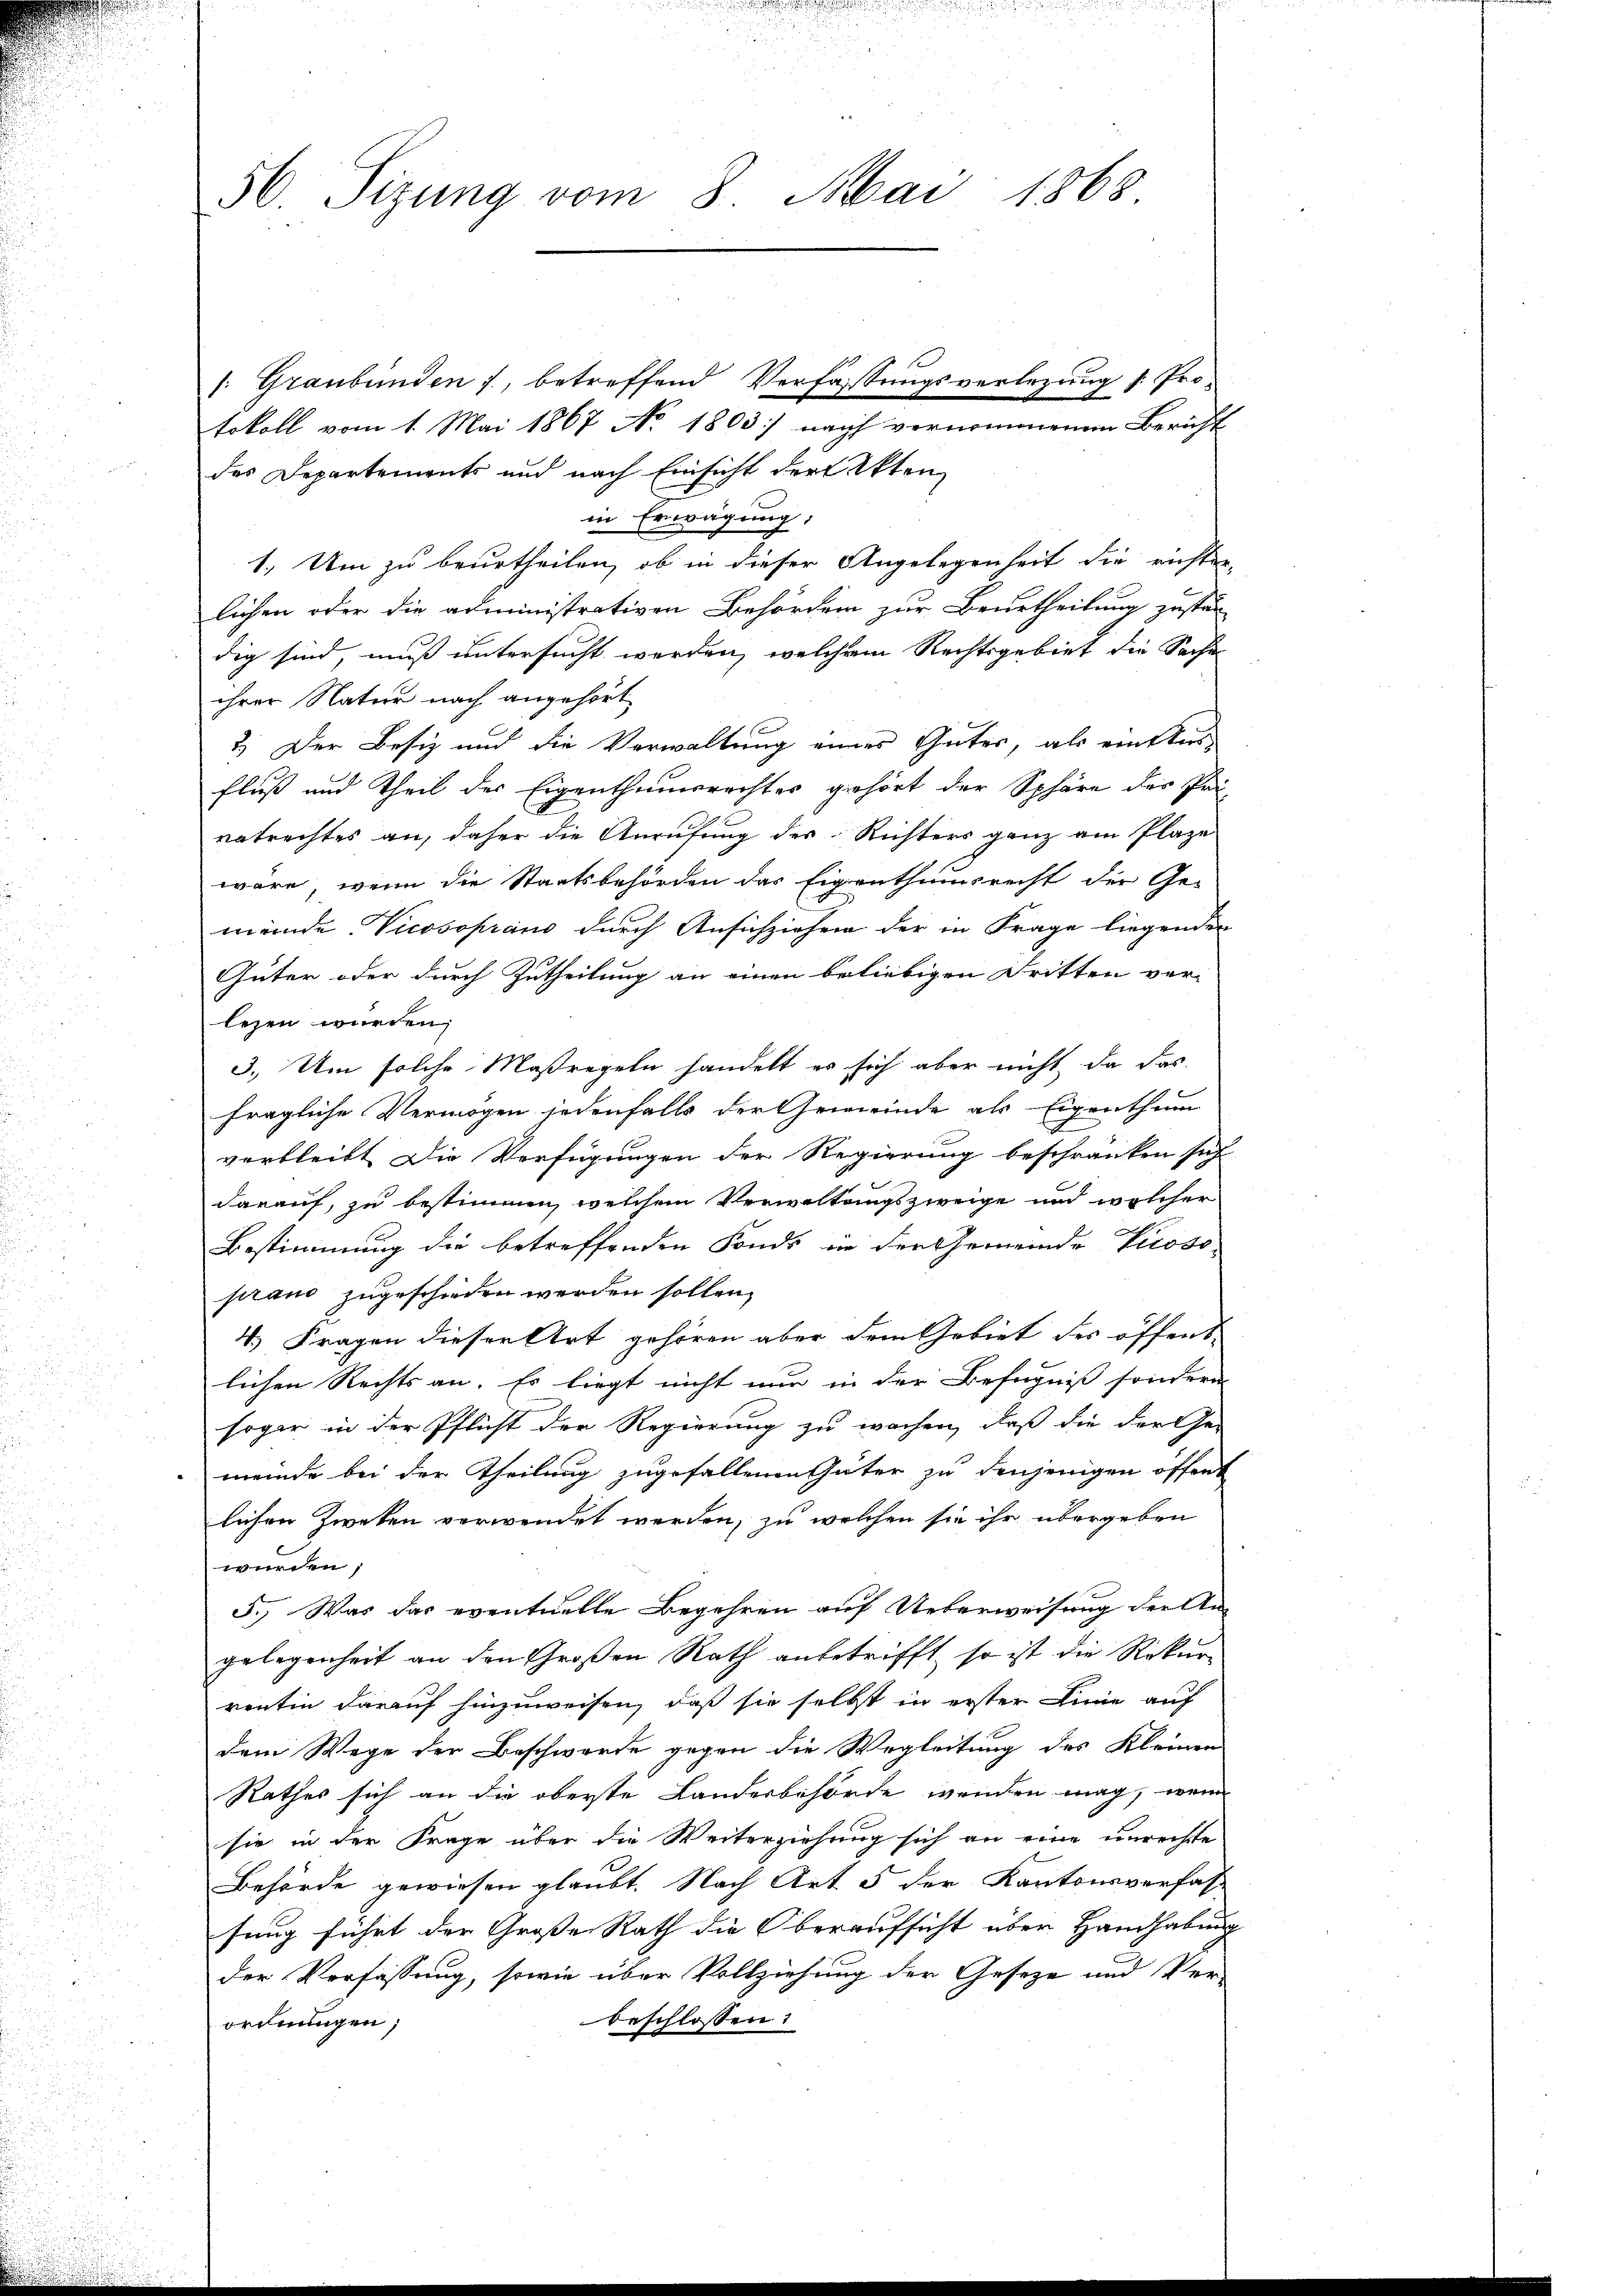
56. Tizung vom 8. Mai 1868.

1: Graubünden, betreffend Verfaßungsverlegung s. Protokoll vom 1. Mai 1867 No 1803 nach vernommenen Bericht
des Departements und nach Einsicht der Akten
in Erwägung,
1. Um zu beurtheilen, ob in dieser Angelegenheit die richter-
lichen oder die administrativen Behördern zur Beurtheilung zustän-
dig sind, muß untersucht werden, welchem Rechtsgebiet die Sache
ihrer Natur nach angehört,
2.) Der Besiz und die Verwaltung eines Gutes, als einters-
fluß und Theil der Eigenthumsrechter gehört der Sphäre des Pri
vatrechtes an, daher die Anrufung des Richters ganz am Plaze
wäre, wenn die Staatsbehörden das Eigenthumsrecht der Ge-
meinde Vicosoprano durch Ansichziehen der in Frage liegenden
Güter oder durch Zutheilung an einen beliebigen Fritten ver-
lesen wurden,
3. Um solche Maßregeln handelt es sich aber nicht, da das
fragliche Vermögen jedenfalls der Gemeinde als Eigenthum
verbleibt. Die Verfügungen der Regierung beschränken sich
darauf, zu bestimmen, welchem Verwaltungszweige und welcher
Bestimmung die betreffenden Fonds in der Gemeinde Prosoprano zugeschieden werden sollen,
4.) Fragen dieser Art gehören aber dem Gebiet des öffent-
lichen Rechts an. Es liegt nicht nur in der Befugniß sondern
sogar in der Pflicht der Regierung zu wachen, daß die der Ge-
meinde bei der Theilung zugefallenen Güter zu denjenigen öffent
lichen Zweten verwendet werden, zu welchen sie ihr übergeben
wurden,
5., Was das eventuelle Begehren auf Ueberweisung der An-
gelegenheit an den Großen Rath anbetrifft, so ist die Rekur
renten darauf hinzuweisen, daß sie selbst in erster Linie auf
dem Wege der Beschwerde gegen die Wegleitung des Kleinen
Rathes sich an die oberste Landesbehörde wenden mag, wenn
sie in der Frage über die Weiterziehung sich an eine unrechte
Behörde gewiesen glaubt. Nach Art 5 der Kantonsverfass
sung führt der Grosse Rath die Oberaufsicht über Handhabung
der Verfassung, sowie über Vollziehung der Geseze und Ver-
beschlossen:
ordnungen;